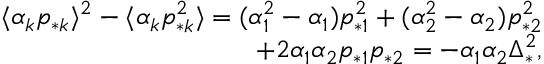
\begin{array} { r } { \langle \alpha _ { k } p _ { * k } \rangle ^ { 2 } - \langle \alpha _ { k } p _ { * k } ^ { 2 } \rangle = ( \alpha _ { 1 } ^ { 2 } - \alpha _ { 1 } ) p _ { * 1 } ^ { 2 } + ( \alpha _ { 2 } ^ { 2 } - \alpha _ { 2 } ) p _ { * 2 } ^ { 2 } } \\ { + 2 \alpha _ { 1 } \alpha _ { 2 } p _ { * 1 } p _ { * 2 } = - \alpha _ { 1 } \alpha _ { 2 } \Delta _ { * } ^ { 2 } , } \end{array}